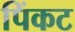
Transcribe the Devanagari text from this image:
पिंकट